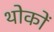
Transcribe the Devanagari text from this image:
थोकों